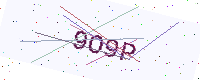
Text: 9O9P